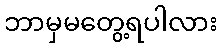
ဘာမှမတွေ့ရပါလား